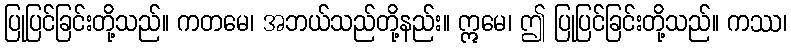
ပြုပြင်ခြင်းတို့သည်။ ကတမေ၊ အဘယ်သည်တို့နည်း။ ဣမေ၊ ဤ ပြုပြင်ခြင်းတို့သည်။ ကဿ၊